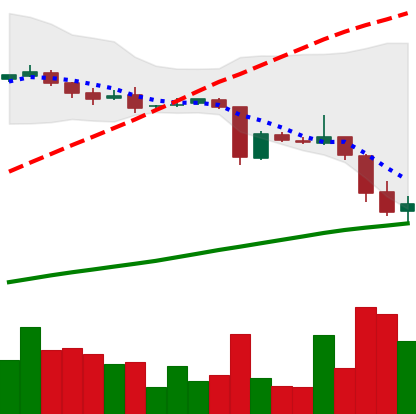
Ticker: DOGE-USD
Chart end date: 2018-10-19
Forward return: -12.506%
Label: down_7plus